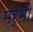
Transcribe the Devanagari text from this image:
मर्मी